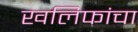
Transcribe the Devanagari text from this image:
खलिफांचा